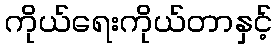
ကိုယ်ရေးကိုယ်တာနှင့်